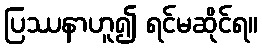
ပြဿနာဟူ၍ ရင်မဆိုင်ရ။